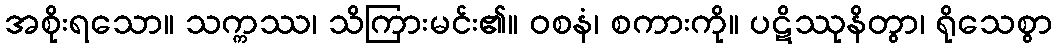
အစိုးရသော။ သက္ကဿ၊ သိကြားမင်း၏။ ဝစနံ၊ စကားကို။ ပဋိဿုနိတွာ၊ ရိုသေစွာ